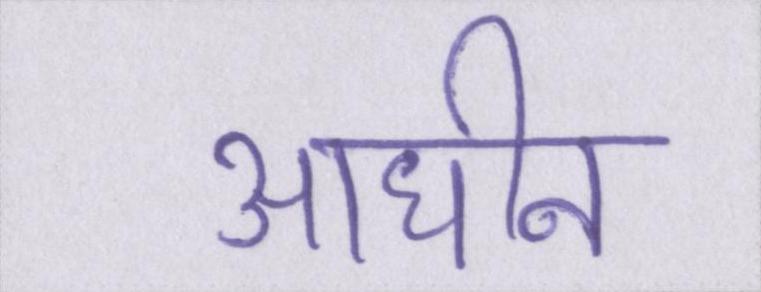
आधीन